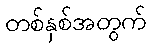
တစ်နှစ်အတွက်